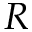
R ^ { }